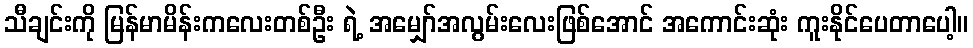
သီချင်းကို မြန်မာမိန်းကလေးတစ်ဦး ရဲ့ အမျှော်အလွမ်းလေးဖြစ်အောင် အကောင်းဆုံး ကူးနိုင်ပေတာပေါ့။